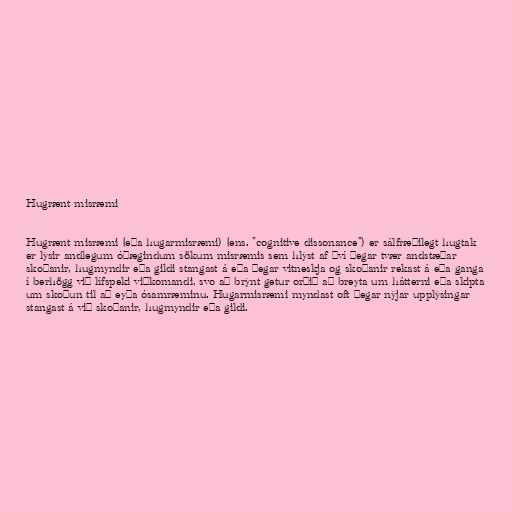
Hugrænt misræmi

Hugrænt misræmi (eða hugarmisræmi) (ens. "cognitive dissonance") er sálfræðilegt hugtak
er lýsir andlegum óþægindum sökum misræmis sem hlýst af því þegar tvær andstæðar
skoðanir, hugmyndir eða gildi stangast á eða þegar vitneskja og skoðanir rekast á eða ganga
í berhögg við lífspeki viðkomandi, svo að brýnt getur orðið að breyta um hátterni eða skipta
um skoðun til að eyða ósamræminu. Hugarmisræmi myndast oft þegar nýjar upplýsingar
stangast á við skoðanir, hugmyndir eða gildi.